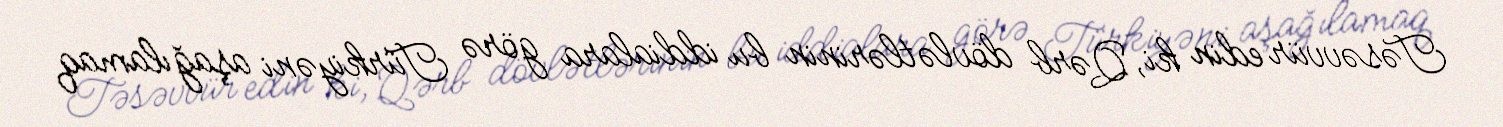
Təsəvvür edin ki, Qərb dövlətlərinin bu iddialara görə Türkiyəni aşağılamaq